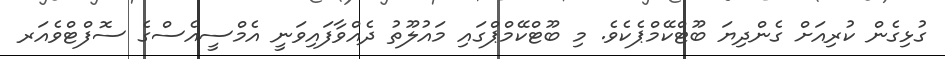
ގުޅިގެން ކުރިއަށް ގެންދިޔަ ބޫޓްކޭމްޕެކެވެ. މި ބޫޓްކޭމްޕްގައި މައުލޫތު ދެއްވާފައިވަނީ އެމްސީއެސްގެ ސޮފްޓްވެއަރ